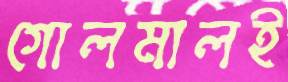
গোলমালই